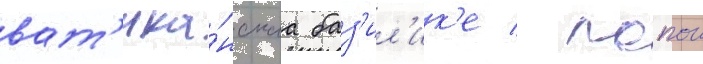
ват'ика́нскаа баз'ил'ик'е / папои